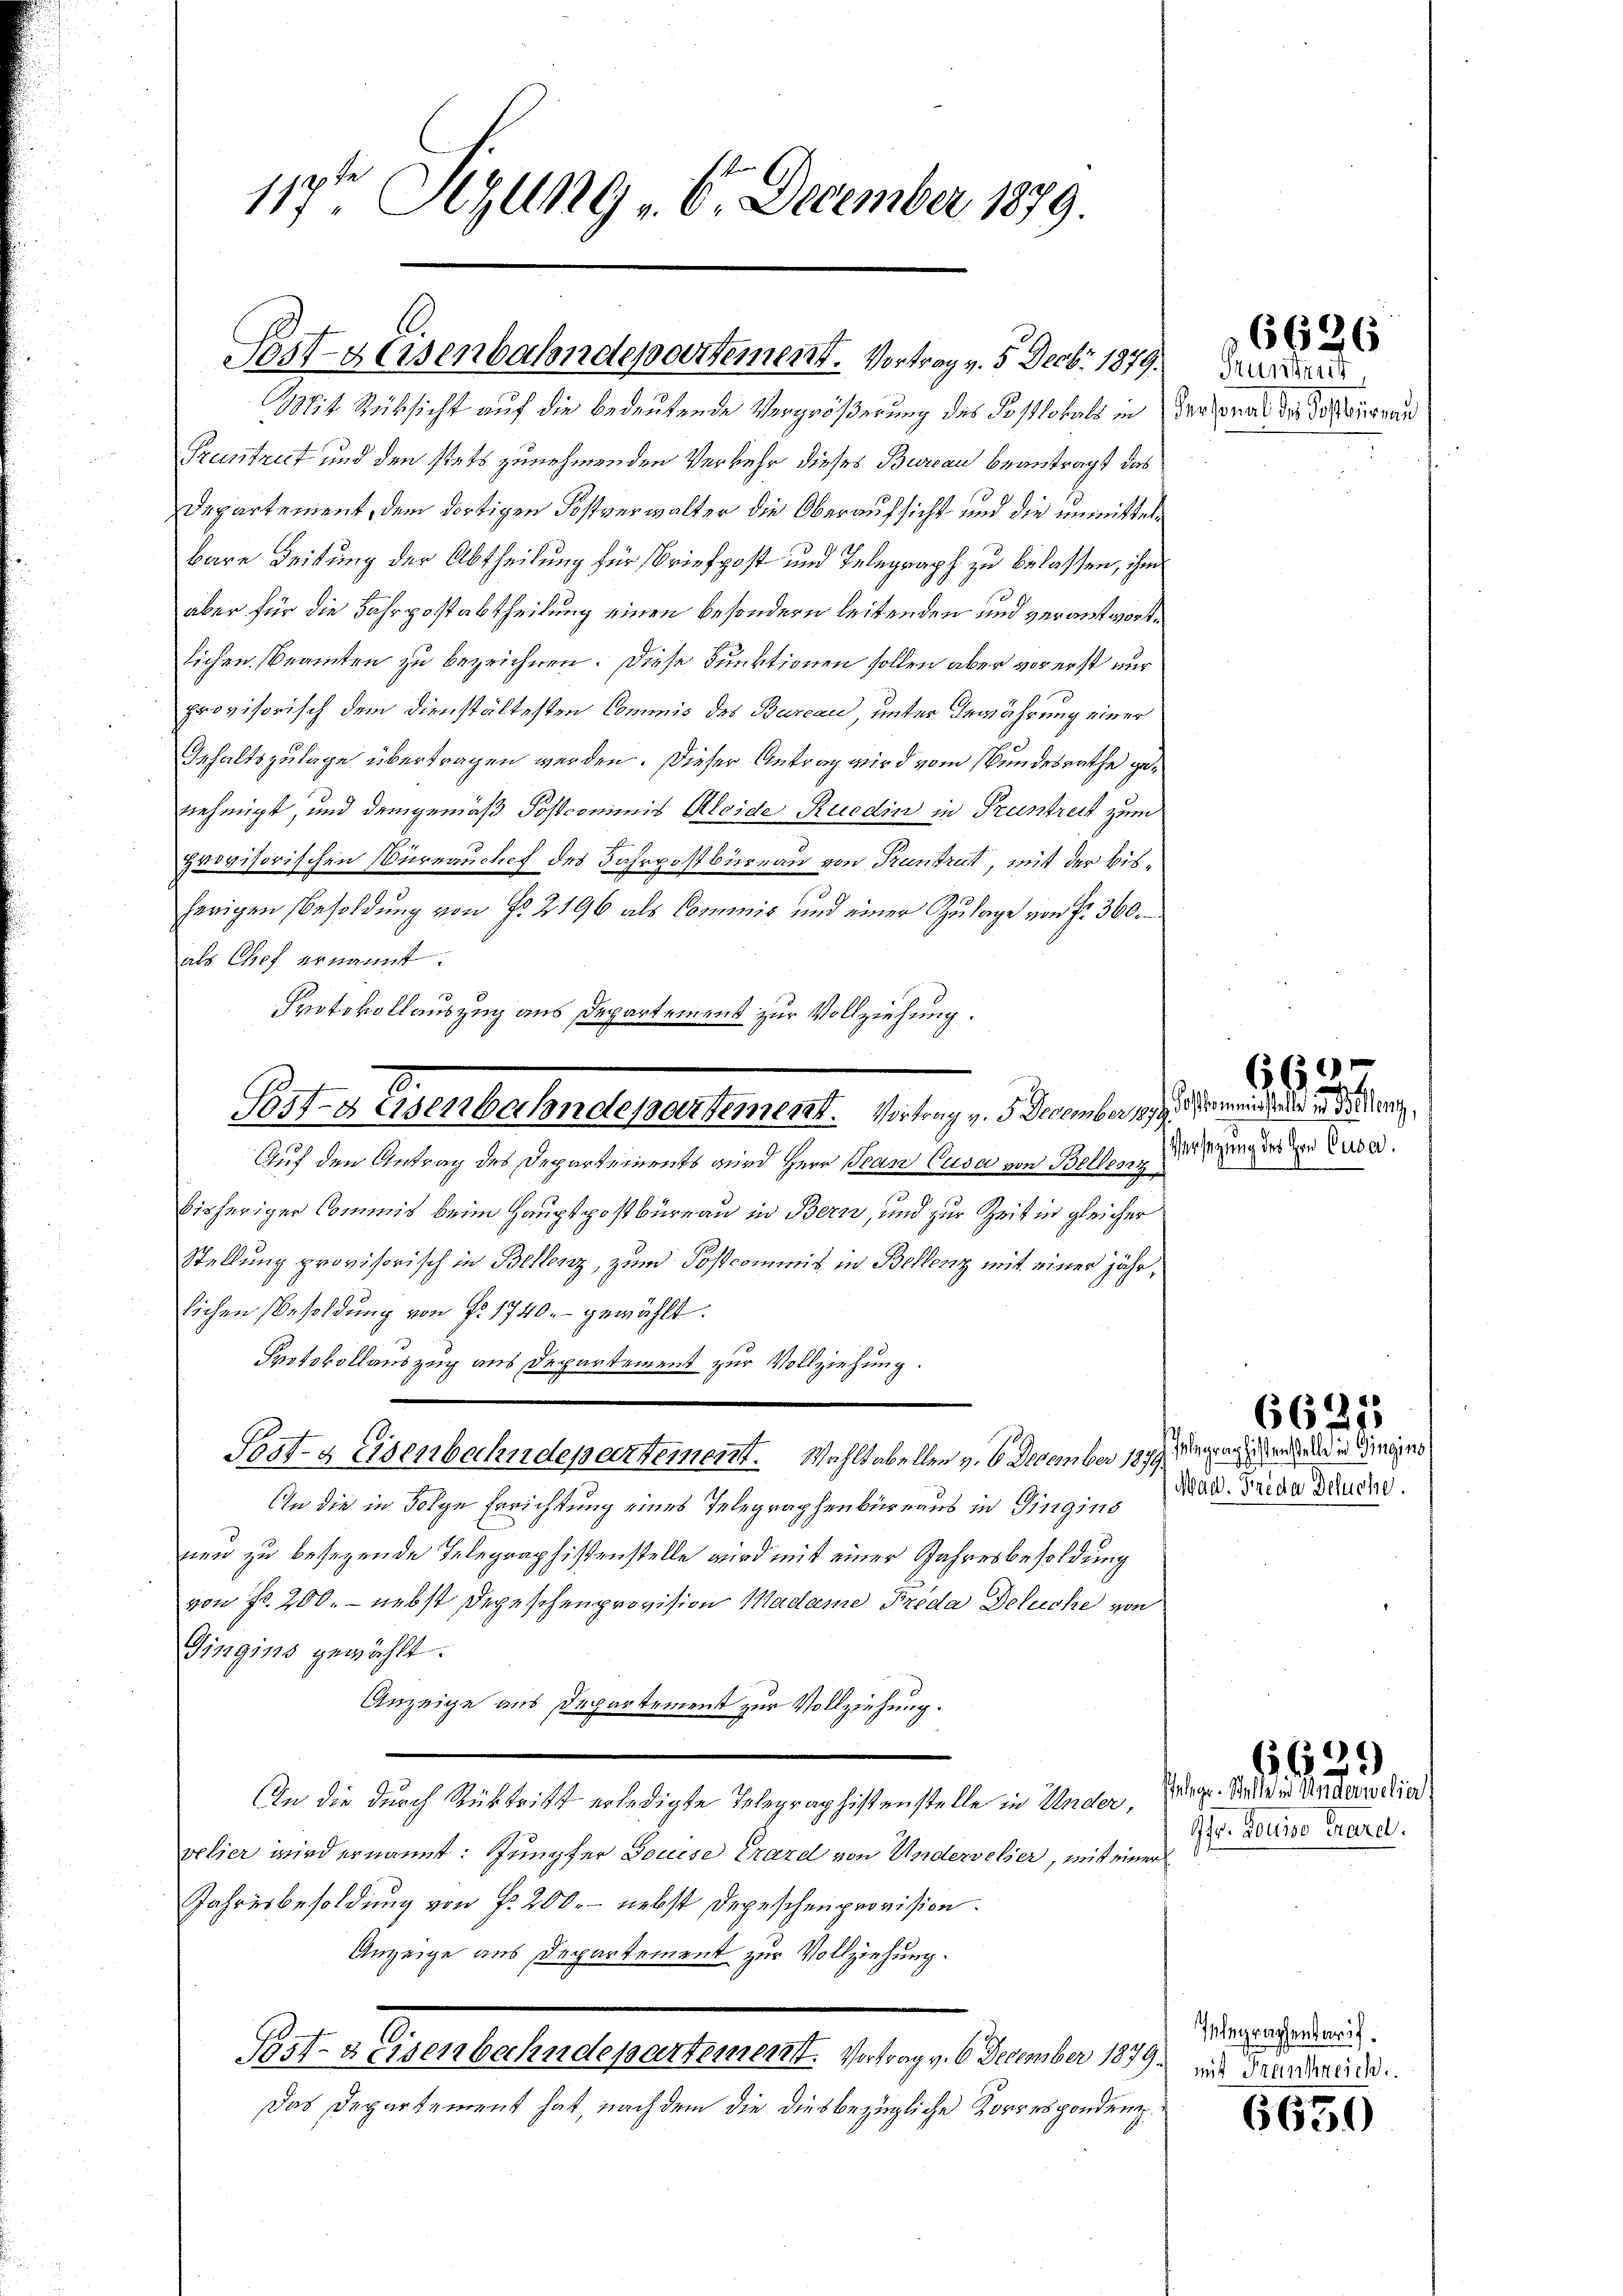
119ten Sizung 16. December 1879.

Post-Heisenbahndepartement. Vortrag v. 5. Decbr 1879.

Pruntrut und den stets zunehmenden Verkehr dieses Bureau beantragt das
Departement, dem dortigen Postverwalter die Oberaufsicht und die unmittelbare Leitung der Abtheilung für Briefpost und Telegraph zu belassen, ihm
aber für die Fahrpostabtheilung einen besondern leitenden und verantwortlichen Beamten zu bezeichnen. Diese Funktionen sollen aber vor erst nur
provisorisch dem dienstältesten Commis des Bureau, unter Gewährung einer
Gehaltszulage übertragen werden. Dieser Antrag wird vom Bundesrathe genehmigt, und demgemäß Postcommis Kleide Ruedin in Prantreit zum
provisorischen Verrauchef des Fahrpostbureau von Trantrat, mit der bisherigen Besoldung von No. 2196 als Commis und einer Zulage von fr. 360.
als Chef ernannt.
Protokollauszug aus Departement zur Vollziehung.

.
Bst-gasenbahndepartement. Vortrag v. 5. December 1899. Gemeind und in der n

Mit Rücksicht auf die bedeutende Vergrößerung des Postlokals in Versonal der Posterieren

Auf den Antrag des Departements wird Herr Pran Cusa von Bellen Mißzinger zu Lure.
bisheriger Commis beim Hauptpostbüreau in Bern, und zur Zeit in gleicher
Stellung provisorisch in Bellenz, zum Postcommis in Bellenz mit einer jährlichen Besoldung von Nr. 1740.- gewählt.
Protokollauszug aus Departement zur Vollziehung.
Sost- & Eisenbechndepartement. Wahltabellen v. 6. December 1899 Mariage und in einigens
An die in Folge Errichtung eines Telegraphenbüreaus in Gingins
nen zu besezende Telegraphistenstelle wird mit einer Jahresbesoldung
von Fr. 200. - nebst Depeschenprovision Madame Freda Deluche von
Gingins gewählt.
Anzeige aus Departement zur Vollziehung.
In die durch Rücktritt erledigte Telegraphistenstelle in Ander,
pelier wird ernannt: Jungfer Feuise Erard von Undervelier, mit einer
Jahresbesoldung von Fr. 200.- nebst Depeschenprovision.
Anzeige aus Departement zur Vollziehung.
2
Post-Keisenbahndepartement. Vortrag v. 6. December 1879.
Das Departement hat, nach dem die diesbezügliche Korresponden

6626
Stundeur,

660.
m

6625

Mad. Frida Besuche.

9fr. Tousso chard.

6629
Gelege. Stelle in Anderwelier

Integraphenbaruf.
mit Frankreich

6650